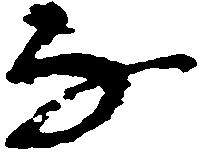
な